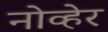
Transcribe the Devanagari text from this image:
नोव्हेर